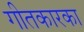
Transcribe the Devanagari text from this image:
गीतकारका